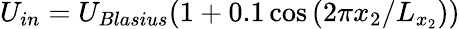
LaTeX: U_{in}=U_{Blasius}(1+0.1\cos{(2\pi x_{2}/L_{x_{2}})})